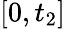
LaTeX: [0,t_{2}]